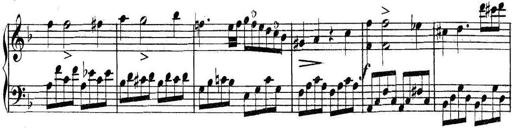
Title: Collected Piano Sonatas
Composer: Muzio Clementi